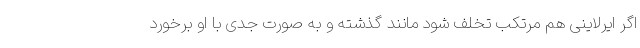
اگر ایرلاینی هم مرتکب تخلف شود مانند گذشته و به صورت جدی با او برخورد